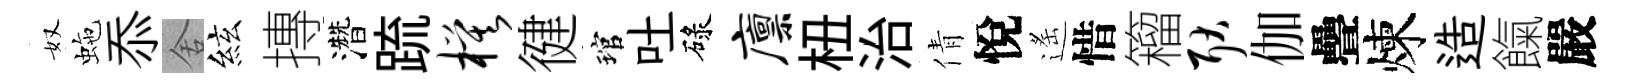
奴虵忝舍絃摶濳䟽模徤琯吐碌廪杻治倩悅遙惜籕耿伽疊煉造餼嚴